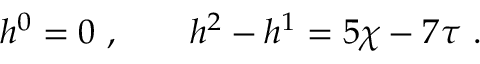
h ^ { 0 } = 0 \ , \qquad h ^ { 2 } - h ^ { 1 } = 5 \chi - 7 \tau \ .